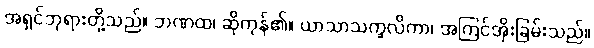
အရှင်ဘုရားတို့သည်။ ဘဏထ၊ ဆိုကုန်၏။ ယာသာသက္ခလိကာ၊ အကြင်အိုးခြမ်းသည်။